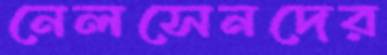
নেলসেনদের